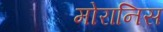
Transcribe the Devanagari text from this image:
मोरानिस